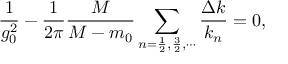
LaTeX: \frac { 1 } { g _ { 0 } ^ { 2 } } - \frac { 1 } { 2 \pi } \frac { M } { M - m _ { 0 } } \sum _ { n = \frac 1 2 , \frac 3 2 , \cdots } \frac { \Delta k } { k _ { n } } = 0 ,